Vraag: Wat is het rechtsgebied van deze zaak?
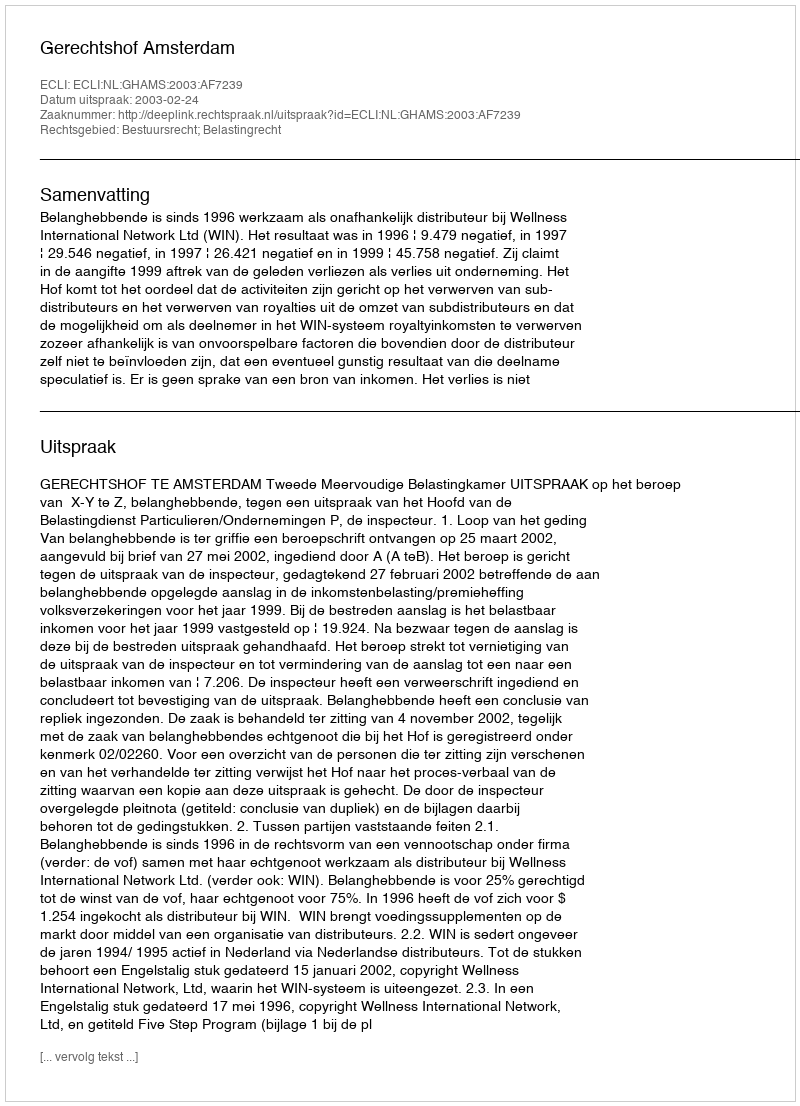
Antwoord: Bestuursrecht; Belastingrecht